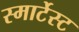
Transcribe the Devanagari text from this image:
स्मार्टेस्ट